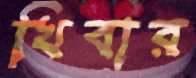
খিবার